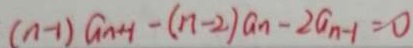
( n - 1 ) a _ { n + 1 } - ( n - 2 ) a _ { n } - 2 a _ { n - 1 } = 0